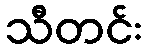
သီတင်း